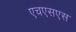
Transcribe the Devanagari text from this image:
एचएसएस